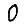
Digit: 0